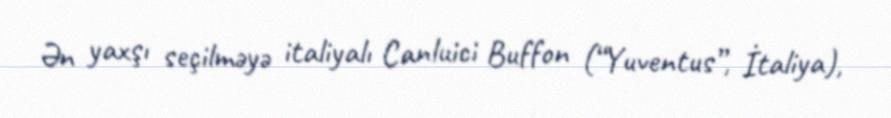
Ən yaxşı seçilməyə italiyalı Canluici Buffon (“Yuventus”, İtaliya),